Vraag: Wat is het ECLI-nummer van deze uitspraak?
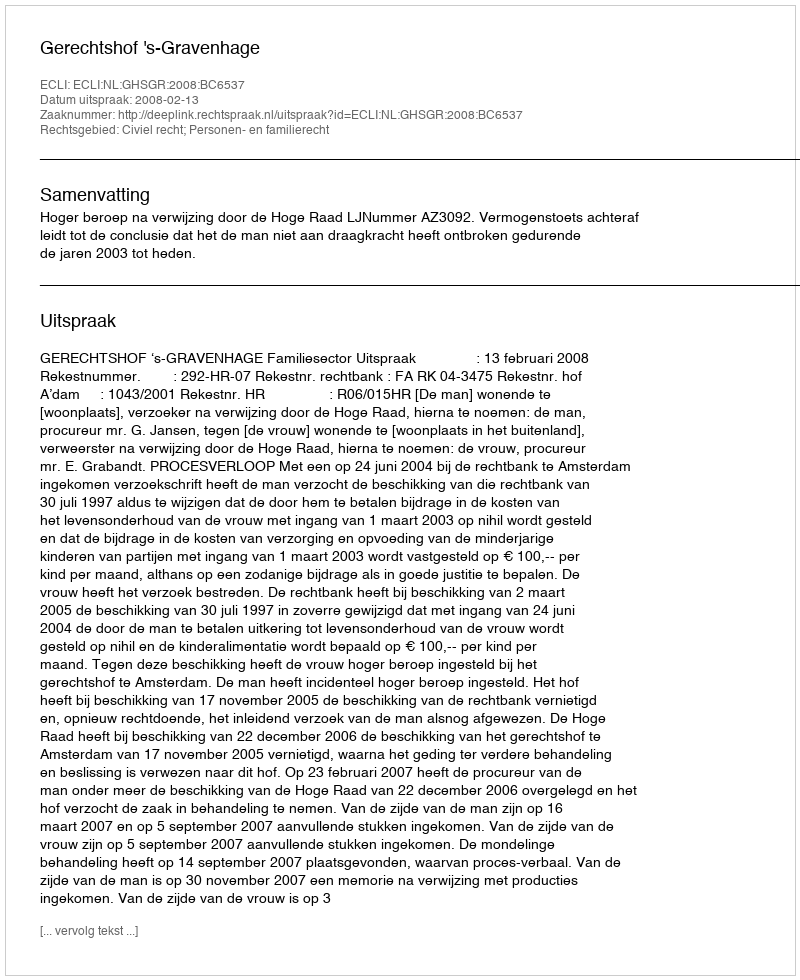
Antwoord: ECLI:NL:GHSGR:2008:BC6537